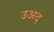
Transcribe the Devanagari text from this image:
उअद